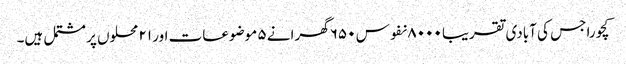
کچورا جس کی آبادی تقریبا ۸۰۰۰ نفوس ۶۵۰ گھرانے ۵ موضوعات اور ۲۱ محلوں پر مشتمل ہیں۔